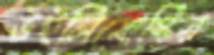
উইলিমোস্কির